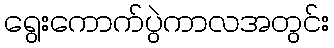
ရွေးကောက်ပွဲကာလအတွင်း